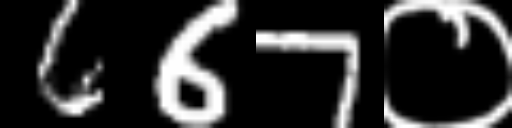
Text: 667०